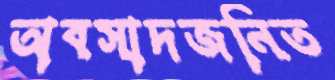
অবসাদজনিত